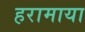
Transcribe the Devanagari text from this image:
हरामाया